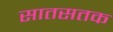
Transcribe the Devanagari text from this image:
सातसतक